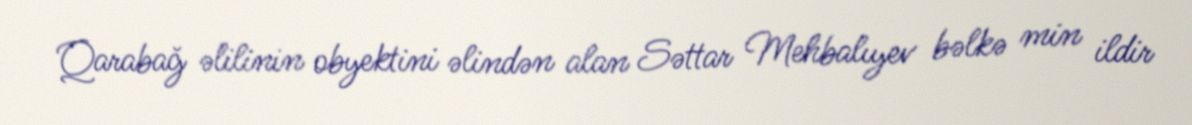
Qarabağ əlilinin obyektini əlindən alan Səttar Mehbalıyev bəlkə min ildir